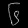
Digit: ၆